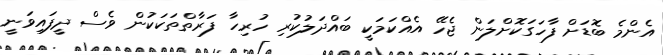
އެންމެ ބޮޑަށް ފާހަގަކޮށްލަން ޖެހޭ އެއްކަމަކީ ބައްދަލުކުރި ހުރިހާ ފަރާތްތަކަކުން ވެސް ދީފައިވަނީ